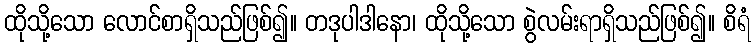
ထိုသို့သော လောင်စာရှိသည်ဖြစ်၍။ တဒုပါဒါနော၊ ထိုသို့သော စွဲလမ်းရာရှိသည်ဖြစ်၍။ စိရံ